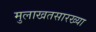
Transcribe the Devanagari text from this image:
मुलाखतसारख्या